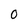
Character: 0